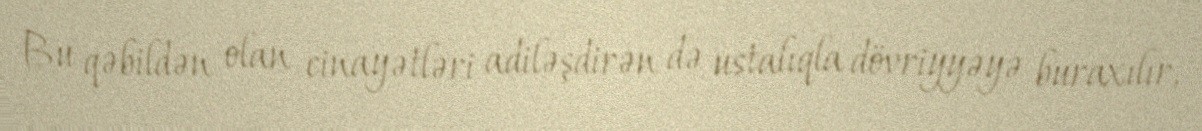
Bu qəbildən olan cinayətləri adiləşdirən də ustalıqla dövriyyəyə buraxılır,